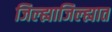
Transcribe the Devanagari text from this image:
जिल्ह्याजिल्ह्यात